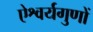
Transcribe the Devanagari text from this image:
ऐश्वर्यगुणों